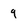
Character: 9